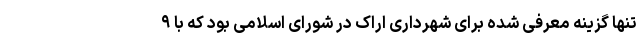
تنها گزینه معرفی شده برای شهرداری اراک در شورای اسلامی بود که با ۹